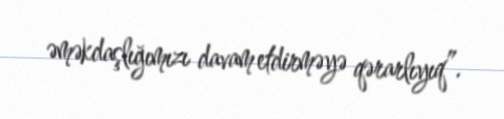
əməkdaşlığımızı davam etdirməyə qərarlıyıq”.